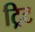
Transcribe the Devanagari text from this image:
ट्रिट